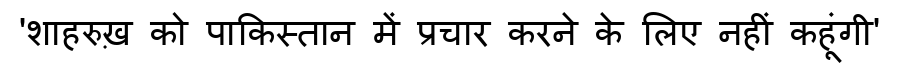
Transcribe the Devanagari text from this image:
'शाहरुख़ को पाकिस्तान में प्रचार करने के लिए नहीं कहूंगी'